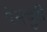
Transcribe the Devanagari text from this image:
पेसचुरी